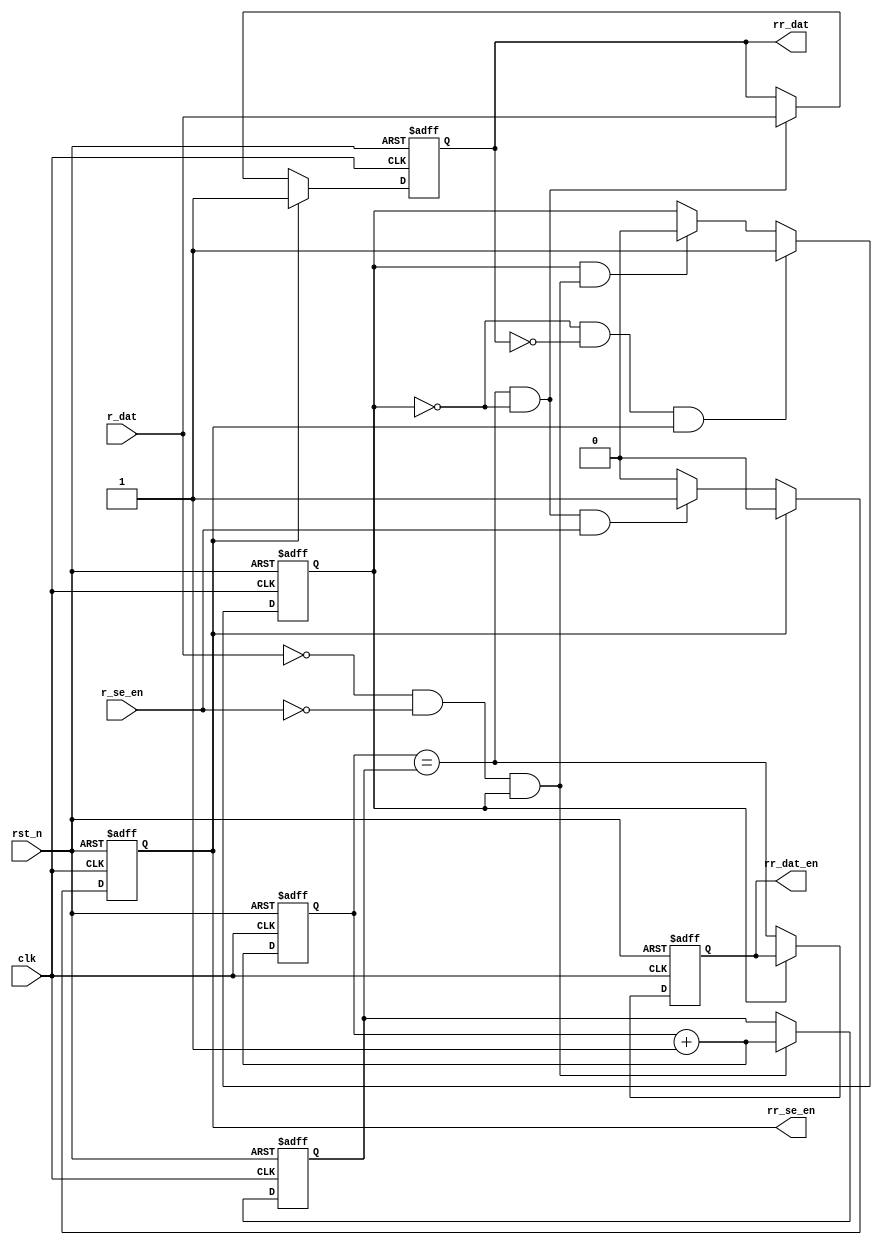
module phy_rx_detchphase(
    input      clk      ,
    input      rst_n    ,

    input      r_dat    ,
    input      r_se_en  ,

    output reg rr_dat   ,
    output reg rr_dat_en,
    output reg rr_se_en 
);

reg       idle     ;
reg [1:0] clk_cnt  ;
reg [1:0] phase_num;

wire package_start;
wire propagate_en ;

assign package_start = ~r_dat && ~r_se_en &&  idle;
assign propagate_en  = clk_cnt==phase_num && ~idle;

always@(posedge clk or negedge rst_n) begin
if(!rst_n)
    clk_cnt <= 2'd0;
else
    clk_cnt <= clk_cnt + 1'b1;   
end

always@(posedge clk or negedge rst_n) begin
if(!rst_n)
    idle <= 1'b1; 
else if(~idle && ~rr_dat && rr_se_en)
    idle <= 1'b1;    
else if(idle && package_start)
    idle <= 1'b0;            
end

always@(posedge clk or negedge rst_n) begin
if(!rst_n)
    phase_num <= 2'd0;    
else if(package_start)  
    phase_num <= clk_cnt + 1'b1;
end

always@(posedge clk or negedge rst_n) begin
if(!rst_n)
    rr_dat <= 1'b1;
else if(rr_se_en)
    rr_dat <= 1'b1;
else if(propagate_en)    
    rr_dat <= r_dat;
end

always@(posedge clk or negedge rst_n) begin
if(!rst_n)
    rr_dat_en <= 1'b0;
else if(~idle)
    rr_dat_en <= clk_cnt==phase_num;       
end

always@(posedge clk or negedge rst_n) begin
if(!rst_n)
    rr_se_en <= 1'b0;
else if(rr_se_en)
    rr_se_en <= 1'b0;
else if(propagate_en && r_se_en)   
    rr_se_en <= 1'b1;
end

endmodule